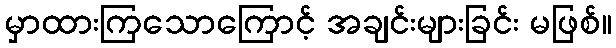
မှာထားကြသောကြောင့် အချင်းများခြင်း မဖြစ်။